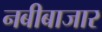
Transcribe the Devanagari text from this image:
नबीबाजार